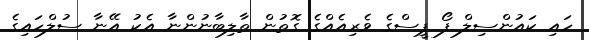
ހައި ކައުންސިލް ފޯ ޕީސްގެ ވެރިއެއްގެ ގޮތުން ތާލިބާނުންނާ އެކު އޭނާ ސުލްހައިގެ